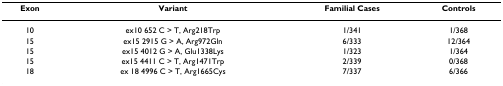
<table><thead><tr><td><b>Exon</b></td><td><b>Variant</b></td><td><b>Familial Cases</b></td><td><b>Controls</b></td></tr></thead><tbody><tr><td>10</td><td>ex10 652 C &gt; T, Arg218Trp</td><td>1/341</td><td>1/368</td></tr><tr><td>15</td><td>ex15 2915 G &gt; A, Arg972Gln</td><td>6/333</td><td>12/364</td></tr><tr><td>15</td><td>ex15 4012 G &gt; A, Glu1338Lys</td><td>1/323</td><td>1/364</td></tr><tr><td>15</td><td>ex15 4411 C &gt; T, Arg1471Trp</td><td>2/339</td><td>0/368</td></tr><tr><td>18</td><td>ex 18 4996 C &gt; T, Arg1665Cys</td><td>7/337</td><td>6/366</td></tr></tbody></table>